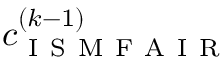
c _ { \mathrm { ~ I ~ S ~ M ~ F ~ A ~ I ~ R ~ } } ^ { ( k - 1 ) }